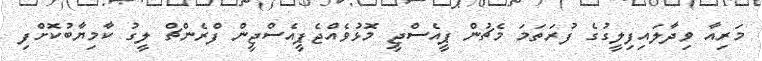
މަރިއާ ވިދާލައިފިލީގުގެ ފުރަތަމަ މެޗުން ޕީއެސްޖީ މޮޅުވެއްޖެޕީއެސްޖީން ފްރެންޗް ލީގު ކާމިޔާބުކޮށްފި